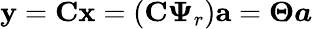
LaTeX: \mathbf{y}=\mathbf{Cx}=\left(\mathbf{C}\boldsymbol{\Psi}_{r}\right)\mathbf{a}=\boldsymbol{\Theta a}